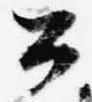
公